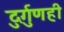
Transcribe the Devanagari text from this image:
दुर्गुणही